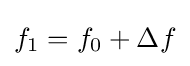
f_{1}=f_{0}+\Delta f